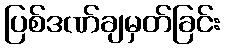
ပြစ်ဒဏ်ချမှတ်ခြင်း